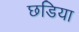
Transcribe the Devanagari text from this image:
छडिया